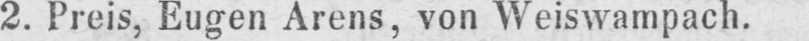
2. Preis, Eugen Arens, von Weiswampach.